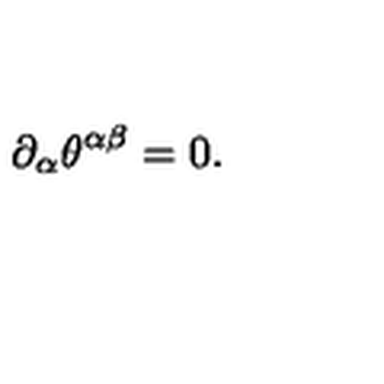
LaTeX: \partial _ { \alpha } \theta ^ { \alpha \beta } = 0 .